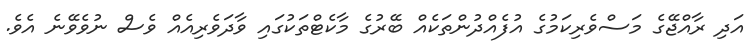
އަދި ރާއްޖޭގެ މަސްވެރިކަމުގެ އުފެއްދުންތަކެއް ބޭރުގެ މާކެޓްތަކުގައި ވާދަވެރިއެއް ވެސް ނުވެވޭނެ އެވެ.